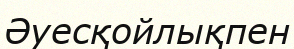
Әуесқойлықпен